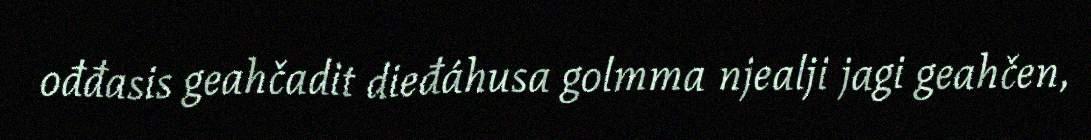
ođđasis geahčadit dieđáhusa golmma njealji jagi geahčen,